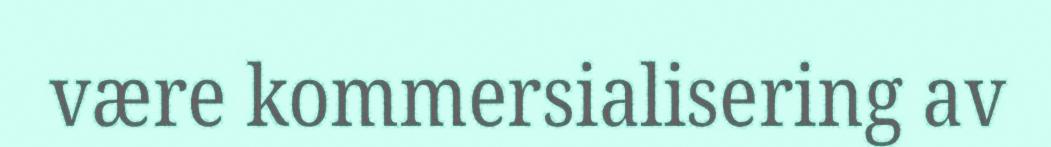
være kommersialisering av